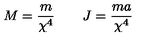
M = \frac { m } { \chi ^ { 4 } } \qquad J = \frac { m a } { \chi ^ { 4 } }